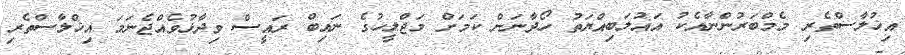
އިޚުލާސްތެރި މެމްބަރުންނާއެކު އަޣުލަބިއްޔަތު ހޯދާނަން ކަމަށް މަޖްލީހުގެ ނައިބް ރައީސް ވިދާޅުވެއްޖެނަމަ އިޚްލާސްތެރި